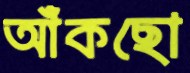
আঁকছো